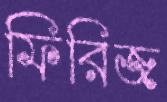
ফিরিজ